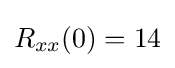
R_{xx}(0)=14